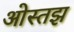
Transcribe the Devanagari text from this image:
ओस्तझ